Indian journal of veterinary science and animal husbandry - Volume 10,
Year: 1940
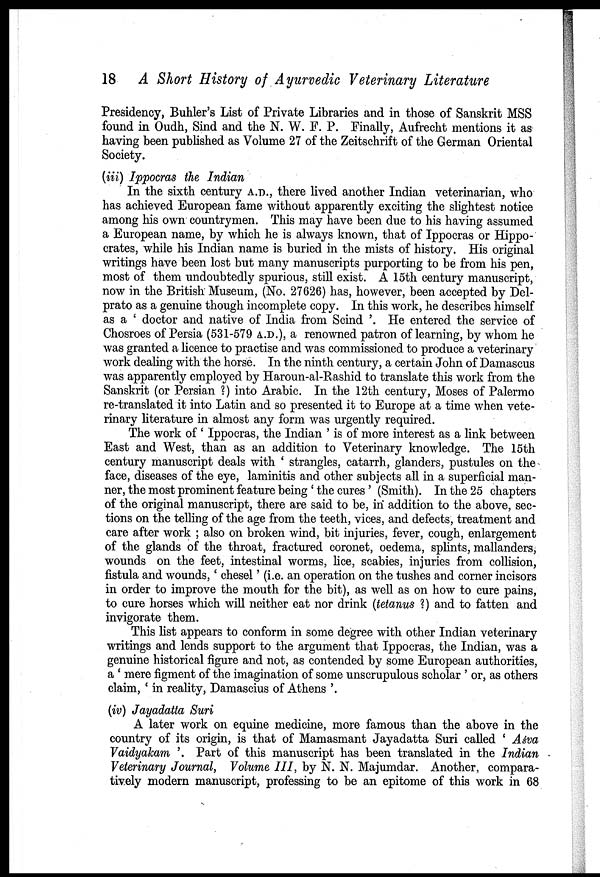
18 A Short History of Ayurvedic Veterinary Literature
Presidency, Buhler's List of Private Libraries and in those of Sanskrit MSS
found in Oudh, Sind and the N. W. F. P. Finally, Aufrecht mentions it as
having been published as Volume 27 of the Zeitschrift of the German Oriental
Society.
(iii) Ippocras the Indian
In the sixth century A.D., there lived another Indian veterinarian, who
has achieved European fame without apparently exciting the slightest notice
among his own countrymen. This may have been due to his having assumed
a European name, by which he is always known, that of Ippocras or Hippo
crates, while his Indian name is buried in the mists of history. His original
writings have been lost but many manuscripts purporting to be from his pen,
most of them undoubtedly spurious, still exist. A 15th century manuscript,
now in the British Museum, (No. 27626) has, however, been accepted by Del¬
prato as a genuine though incomplete copy. In this work, he describes himself
as a ' doctor and native of India from Scind '. He entered the service of
Chosroes of Persia (531-579 A.D.), a renowned patron of learning, by whom he
was granted a licence to practise and was commissioned to produce a veterinary
work dealing with the horse. In the ninth century, a certain John of Damascus
was apparently employed by Haroun-al-Rashid to translate this work from the
Sanskrit (or Persian ?) into Arabic. In the 12th century, Moses of Palermo
re-translated it into Latin and so presented it to Europe at a time when vete
rinary literature in almost any form was urgently required.
The work of ' Ippocras, the Indian ' is of more interest as a link between
East and West, than as an addition to Veterinary knowledge. The 15th
century manuscript deals with ' strangles, catarrh, glanders, pustules on the
face, diseases of the eye, laminitis and other subjects all in a superficial man
ner, the most prominent feature being ' the cures ' (Smith). In the 25 chapters
of the original manuscript, there are said to be, in addition to the above, sec
tions on the telling of the age from the teeth, vices, and defects, treatment and
care after work ; also on broken wind, bit injuries, fever, cough, enlargement
of the glands of the throat, fractured coronet, oedema, splints, mallanders,
wounds on the feet, intestinal worms, lice, scabies, injuries from collision,
fistula and wounds,' chesel ' (i.e. an operation on the tushes and corner incisors
in order to improve the mouth for the bit), as well as on how to cure pains,
to cure horses which will neither eat nor drink (tetanus ?) and to fatten and
invigorate them.
This list appears to conform in some degree with other Indian veterinary
writings and lends support to the argument that Ippocras, the Indian, was a
genuine historical figure and not, as contended by some European authorities,
a ' mere figment of the imagination of some unscrupulous scholar ' or, as others
claim, ' in reality, Damascius of Athens '.
(iv) Jayadatta Suri
A later work on equine medicine, more famous than the above in the
country of its origin, is that of Mamasmant Jayadatta Suri called ' Aśva
Vaidyakam'.
Part of this manuscript has been translated in the Indian
Veterinary Journal, Volume III, by N. N. Majumdar. Another, compara
tively modern manuscript, professing to be an epitome of this work in 68